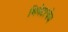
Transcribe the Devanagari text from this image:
थियेटरचेच